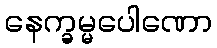
နေက္ခမ္မပေါဏော